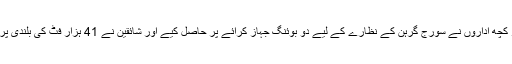
بھارت میں اس موقع پر کچھ اداروں نے سورج گرہن کے نظارے کے لیے دو بوئنگ جہاز کرائے پر حاصل کیے اور شائقین نے 41 ہزار فٹ کی بلندی پر سورج گرہن کو دیکھا۔